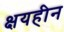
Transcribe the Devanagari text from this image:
क्षयहीन